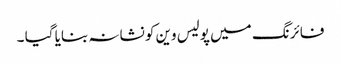
فائرنگ میں پولیس وین کو نشانہ بنایا گیا ۔